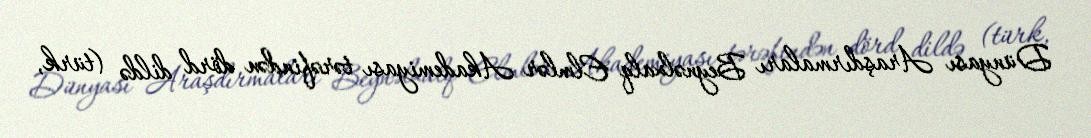
Dünyası Araşdırmaları Beynəlxalq Elmlər Akademiyası tərəfindən dörd dildə (türk,